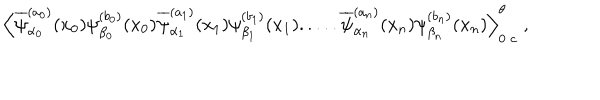
\Big \langle \overline { { { \psi } } } _ { \alpha _ { 0 } } ^ { ( a _ { 0 } ) } ( x _ { 0 } ) \psi _ { \beta _ { 0 } } ^ { ( b _ { 0 } ) } ( x _ { 0 } ) \overline { { { \psi } } } _ { \alpha _ { 1 } } ^ { ( a _ { 1 } ) } ( x _ { 1 } ) \psi _ { \beta _ { 1 } } ^ { ( b _ { 1 } ) } ( x _ { 1 } ) . . . . . \overline { { { \psi } } } _ { \alpha _ { n } } ^ { ( a _ { n } ) } ( x _ { n } ) \psi _ { \beta _ { n } } ^ { ( b _ { n } ) } ( x _ { n } ) \Big \rangle _ { 0 \; c } ^ { \theta } \; ,